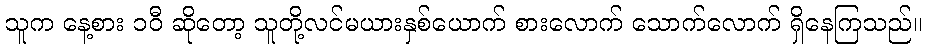
သူက နေ့စား ၁၀ီ ဆိုတော့ သူတို့လင်မယားနှစ်ယောက် စားလောက် သောက်လောက် ရှိနေကြသည်။